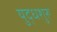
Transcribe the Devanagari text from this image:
युद्धशुरू